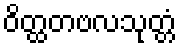
ဝိတ္ထတဗလသုတ္တံ